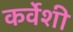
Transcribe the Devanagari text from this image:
कर्वेशी